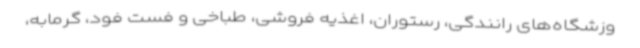
وزشگاه‌های رانندگی، رستوران، اغذیه فروشی، طباخی و فست فود، گرمابه،